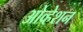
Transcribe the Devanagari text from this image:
ओव्हेशन